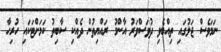
ނަމަވެސް ޖަލުގައި ތިއްބެވި ދުވަސްވަރު އާންމު ރައްޔިތުން ދެއްކި ސާބިތު ކަމަށްޓަކައި ހުރިހާ